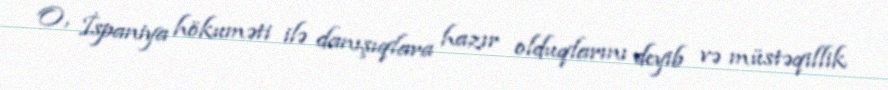
O, İspaniya hökuməti ilə danışıqlara hazır olduqlarını deyib və müstəqillik